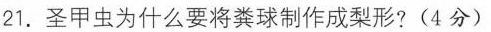
21.圣甲虫为什么要将粪球制作成梨形?(4分)